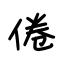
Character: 倦